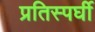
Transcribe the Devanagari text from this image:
प्रतिस्पर्घी